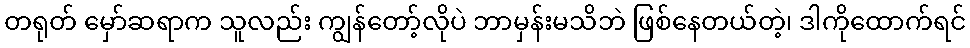
တရုတ် မှော်ဆရာက သူလည်း ကျွန်တော့်လိုပဲ ဘာမှန်းမသိဘဲ ဖြစ်နေတယ်တဲ့၊ ဒါကိုထောက်ရင်